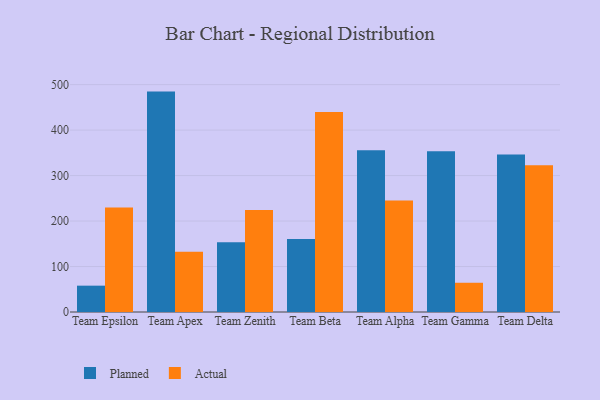
{"axis": {"x": "Team", "y": "Net Income (USD K)"}, "legend": ["Actual", "Planned"], "data": [{"x": "Team Epsilon", "y": 57.9, "type": "Planned"}, {"x": "Team Epsilon", "y": 229.9, "type": "Actual"}, {"x": "Team Apex", "y": 484.6, "type": "Planned"}, {"x": "Team Apex", "y": 132.6, "type": "Actual"}, {"x": "Team Zenith", "y": 153.2, "type": "Planned"}, {"x": "Team Zenith", "y": 224.2, "type": "Actual"}, {"x": "Team Beta", "y": 160.5, "type": "Planned"}, {"x": "Team Beta", "y": 439.5, "type": "Actual"}, {"x": "Team Alpha", "y": 355.9, "type": "Planned"}, {"x": "Team Alpha", "y": 245.0, "type": "Actual"}, {"x": "Team Gamma", "y": 353.3, "type": "Planned"}, {"x": "Team Gamma", "y": 64.3, "type": "Actual"}, {"x": "Team Delta", "y": 346.3, "type": "Planned"}, {"x": "Team Delta", "y": 322.6, "type": "Actual"}]}